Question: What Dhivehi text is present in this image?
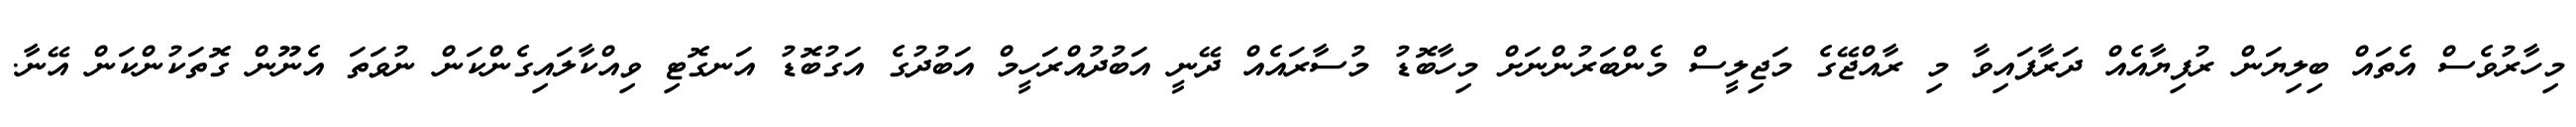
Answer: މިހާރުވެސް އެތައް ބިލިޔަން ރުފިޔާއެއް ދަރާފައިވާ މި ރާއްޖޭގެ މަޖިލީސް މެންބަރުންނަށް މިހާބޮޑު މުސާރައެއް ދޭނީ އަބުދުއްރަހީމް އަބުދުގެ އަގުބޮޑު އަނގޮޓި ވިއްކާލައިގެންކަން ނުވަތަ އެނޫން ގޮތަކުންކަން އޭނާ.